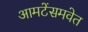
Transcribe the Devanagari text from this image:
आमटेंसमवेत